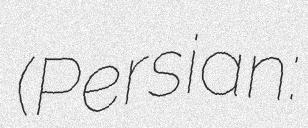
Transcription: (Persian: